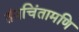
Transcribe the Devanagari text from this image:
तंत्रचिंतामणि